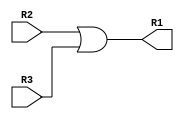

module OR(R2,R3,R1);
input[31:0] R2,R3;
output[31:0] R1;

assign R1 = R2|R3;
endmodule